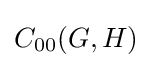
C_{00}(G,H)